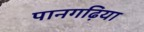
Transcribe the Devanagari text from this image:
पानगढ़िया